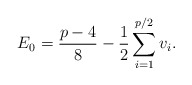
\begin{align*}E_0=\frac{p-4}{8}-\frac{1}{2}\sum_{i=1}^{p/2} v_i.\end{align*}